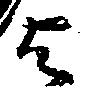
与